Vaccination in Bombay 1889-1901 - 1889-1901
Year: 1889
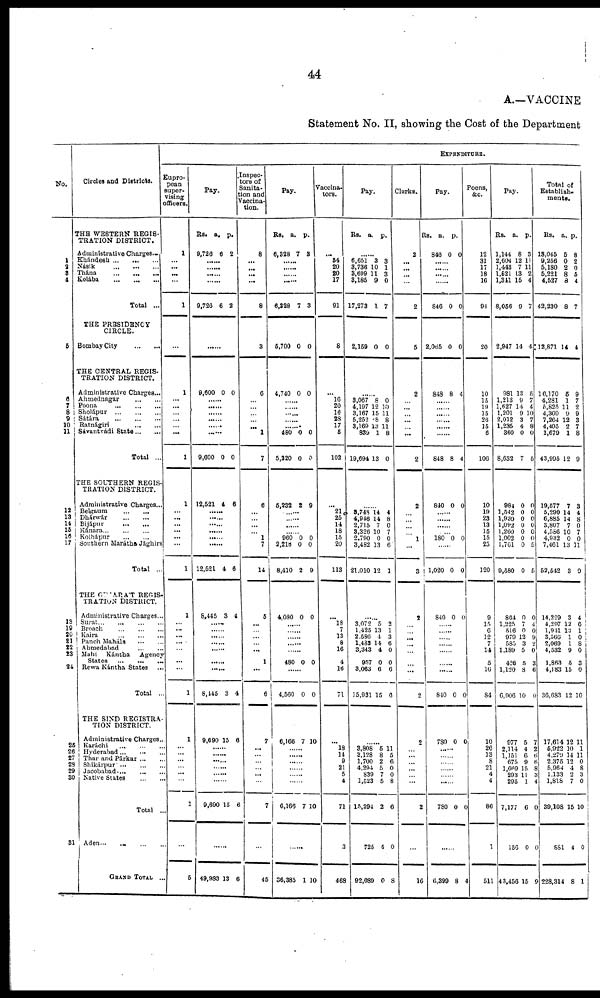
44
A.—VACCINE
Statement No. II, showing the Cost of the Department
No.
1
2
3
4
5
6
7
8
9
10
11
12
13
14
15
16
17
18
19
20
21
22
23
24
25
26
27
28
29
30
31
Circles and Districts.
THE WESTERN REGIS-
TRATION DISTRICT.
Administrative Charges...
Khándesh
...
...
...
Násik
...
...
...
Thána
...
...
...
Kolába
...
...
...
Total ...
THE PRESIDENCY
CIRCLE.
Bombay City
...
...
THE CENTRAL REGIS¬
TRATION DISTRICT.
Administrative Charges...
Ahmednagar ... ...
Poona
...
...
...
Sholápur
...
...
...
Sátára
...
...
...
Ratnágiri
...
...
Sávantvádi
State... ...
Total ...
THE SOUTHERN REGIS-
TRATION DISTRICT.
Administrative Charges...
Belgaum
...
...
Dhárwár
...
...
Bijápur
...
...
Kánara
...
...
...
Kolhápur ... ...
Southern Marátha Jághirs
Total ...
THE GUJARÁT REGIS-
TRATION DISTRICT.
Administrative Charges...
Surat
...
...
...
...
Broach
...
...
...
Kaira
...
...
...
Panch Maháls ... ...
Ahmedabad
...
...
Mahi
Kántha
Agency
States
...
...
...
Rewa Kántha States ...
Total ...
THE SIND REGISTRA-
TION DISTRICT.
Administrative Charges...
Karáchi
...
...
...
Hyderabad ... ... ...
Thar and Párkar
...
...
Shikárpur ...
...
...
Jacobabad
...
...
...
Native States
...
...
Total ...
Aden...
...
...
...
GRAND TOTAL
...
EXPENDITURE.
Eupro¬
pean
super-
vising
officers.
1
...
...
...
...
1
...
1
... ...
...
...
... ...
1
1
... ...
... ...
...
...
1
1
... ...
... ...
...
...
...
1
1
...
...
...
...
...
...
1
...
5
Pay.
Rs.
9,726
a.
6
p.
2
......
......
......
......
9,726 6 2
......
9,600 0 0
......
......
......
......
...... ......
9,600 0 0
12,521 4 6
......
......
...... ......
......
......
12,521 4 6
8,445 3 4
......
......
......
......
......
......
8,445 3 4
9,690 15 6
......
......
......
......
......
......
9,690 15 6
......
49,983 13 6
Inspec-
tors of
Sanita-
tion and
Vaccina-
tion.
8
...
... ...
...
8
3
6
...
...
...
...
... 1
7
6
...
...
...
... 1
7
14
5
...
...
...
... ...
1
...
6
7
...
...
...
...
...
...
7
...
45
Pay.
Rs.
6,328
a.
7
p.
3
......
......
......
......
6,328 7 3
5,700 0 0
4,740 0 0
......
...... ......
...... ......
480
5,220
0
0
0
0
5,232 2 9
......
......
......
...... 960
2,218
8,410
0
0
2
0
0
9
4,080 0 0
......
......
......
......
......
480 0 0
......
4,560 0 0
6,166 7 10
......
......
......
......
......
......
6,166 7 10
36,385 1 10
Vaccina¬
tors.
...
34
20
20
17
91
8
...
16
20
16
28
17
5
102
...
21
25
14
18
15
20
113
...
18
7
13
8
16
4
16
71
...
18
14
9
21
5
4
71
3
468
Pay.
Rs.
a. p.
......
6,651
3,736
3,699
3,185
17,273
3
10
11
9
1
3
1
3
0
7
2,159 0 0
......
3,067
4,197
3,167
5,252
3,169
839
19,694
8
12
15
88
13
1
13
0
10
11
8
11 8
0
......
3,748
4,946
2,715
3,326
2,790
3,482
21,010
14
14
7
10
0
13
12
4
8
0
7
0
6
1
......
3,072
1,425
2,586
1,483
3,343
957
3,063
15,931
5
13
4
14
4
0
6
15
2
1
3
6
0
0
6
6
......
3,808
3,128
1,700
4,294
839
1,523
15,294
725
92,089
5
8
2
5
7
5
2
4
0
11
5
6
0
0
8
6
0
8
Clerks.
2
...
...
...
...
2
5
2
...
...
... ...
... ...
2
2
...
...
...
... 1
...
3
2
...
...
...
...
...
...
...
2
2
...
...
...
...
...
...
2
...
16
Pay.
Rs.
846
a.
0
p.
0
......
......
......
......
846 0 0
2,065 0 0
848 8 4
......
......
......
......
......
......
848 8 4
840 0 0
......
......
......
...... 180 0 0
......
1,020 0 0
840 0 0
......
......
......
......
......
......
......
840 0 0
780 0 0
......
......
......
......
......
......
780 0 0
......
6,399 8 4
Poens,
&c.
12
31
17
18
16
94
20
10
15
19
15
26
15
6
106
10
19
23
13
15
15
25
120
9
15
6
12
7
14
5
16
84
10
26
13
8
21
4
4
86
1
511
Pay.
Rs.
1,144
2,604
1,443
1,521
1,341
8,056
a.
8
12
7
13
15
9
p.
3
11
11
2
4
7
2,947 14 4
981
1,213
1,627
1,201
2,012
1,235
360
8,632
13
9
14
9
3
4
0
7
5
7
4
10
7
8
0
5
984
1,542
1,939
1,092
1,260
1,002
1,761
9,580
0
0
0
0
0
0
0
0
0
0
0
0
0
0
5
5
864
1,225
516
979
585
1,189
426
1,120
6,906
0
7
0
12
3
5
5
8
10
0
4
0 9
2
0
3
6
0
977
2,114
1,151
675
1,669
293
295
7,177
156
43,456
5
4
6
9
15
11
1
6
0
15
7
2
6
6 8
3
4
0
0
9
Total of
Establish-
ments.
Rs.
18,045
9,256
5,180
5,221
4,527
42,230
a.
5
0
2
8
8
8
p.
8
2
0
5
4
7
12,871 14 4
16,170
4,281
5,825
4,369
7,264
4,405
1,679
43,995
5
1
11
9
12
2
1
12
9
7
2
9
3
7
8
9
19,577
5,290
6,885
3,807
4,586
4,932
7,461
52,542
7
14
14
7
10
0
13
3
3
4
8
0
7
0
11
9
14,229
4,297
1,941
3,566
2,069
4,532
1,863
4,183
36,683
3
12
13
1
1
9
5
15
12
4
6
1
0
8
0
3
0
10
17,614
5,922
4,279
2,375
5,964
1,133
1,818
39,108
881
228,314
12
10
14
12
4
2
7
15
4
8
11
1
11
0
8
3
0
10
0
1